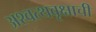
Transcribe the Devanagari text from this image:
अश्वत्थवृक्षाची